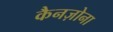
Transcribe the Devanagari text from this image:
कैनज़ोना